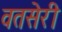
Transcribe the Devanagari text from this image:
वतसेरी